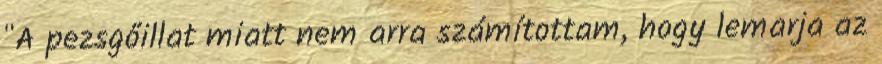
"A pezsgőillat miatt nem arra számítottam, hogy lemarja az